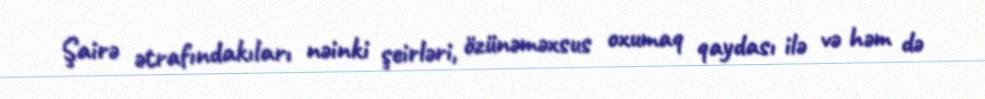
Şairə ətrafındakıları nəinki şeirləri, özünəməxsus oxumaq qaydası ilə və həm də